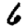
Digit: 6